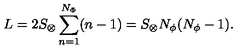
L = 2 S _ { \otimes } \sum _ { n = 1 } ^ { N _ { \Phi } } ( n - 1 ) = S _ { \otimes } N _ { \phi } ( N _ { \phi } - 1 ) .